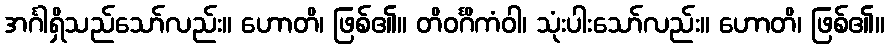
အင်္ဂါရှိသည်သော်လည်း။ ဟောတိ၊ ဖြစ်၏။ တိဝင်္ဂိကံဝါ၊ သုံးပါးသော်လည်း။ ဟောတိ၊ ဖြစ်၏။